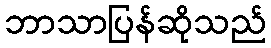
ဘာသာပြန်ဆိုသည်